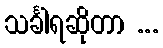
သင်္ခါရဆိုတာ ...